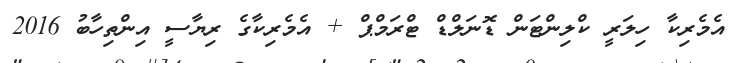
އެމެރިކާ ހިލަރީ ކްލިންޓަން ޑޮނަލްޑް ޓްރަމްޕް + އެމެރިކާގެ ރިޔާސީ އިންތިހާބު 2016